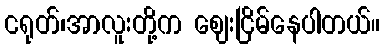
ငရုတ်၊အာလူးတို့က ဈေးငြိမ်နေပါတယ်။